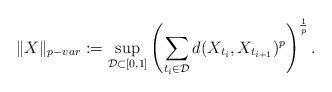
LaTeX: \begin{align*} \|X\|_{p-var}:=\sup_{\mathcal{D}\subset[0,1]}\left(\sum_{t_i\in\mathcal{D}}d(X_{t_i},X_{t_{i+1}})^p\right)^{\frac{1}{p}}.\end{align*}